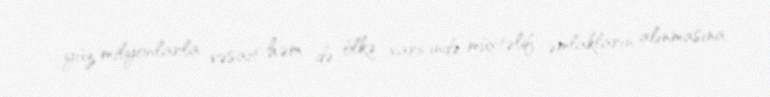
yüz milyonlarla vəsait həm də ölkə xaricində müxtəlif əmlakların alınmasına